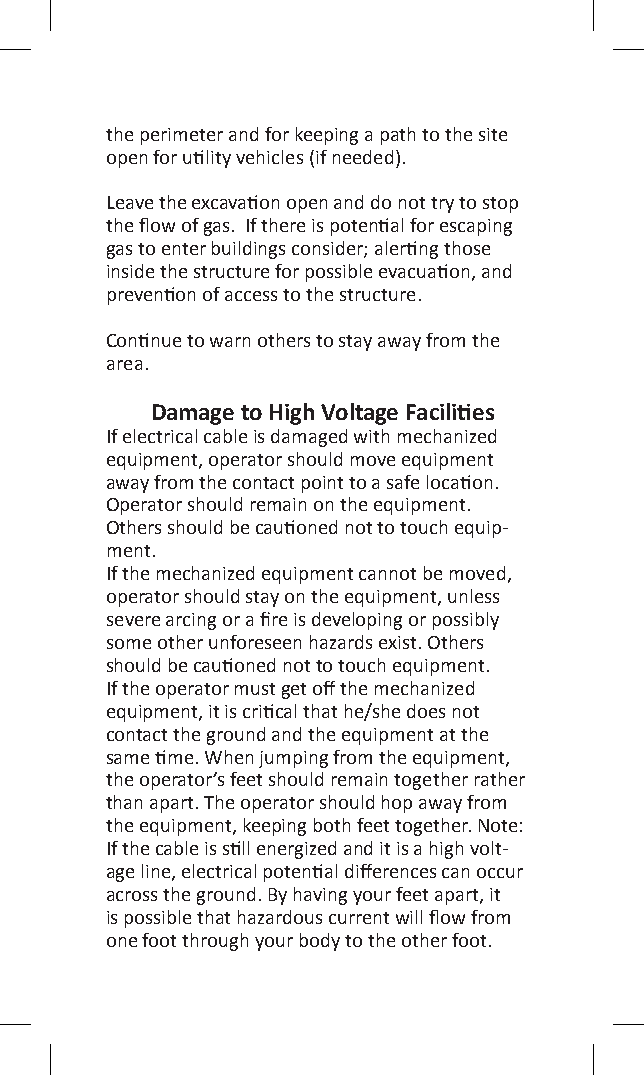
the perimeter and for keeping a path to the site
 open for utility vehicles (if needed).
 Leave the excavation open and do not try to stop
 the flow of gas. If there is potential for escaping
 gas to enter buildings consider; alerting those
 inside the structure for possible evacuation, and
 prevention of access to the structure.
 Continue to warn others to stay away from the
 area.
 Damage to High Voltage Facilities
 If electrical cable is damaged with mechanized
 equipment, operator should move equipment
 away from the contact point to a safe location.
 Operator should remain on the equipment.
 Others should be cautioned not to touch equip-
 ment.
 If the mechanized equipment cannot be moved,
 operator should stay on the equipment, unless
 severe arcing or a fire is developing or possibly
 some other unforeseen hazards exist. Others
 should be cautioned not to touch equipment.
 If the operator must get off the mechanized
 equipment, it is critical that he/she does not
 contact the ground and the equipment at the
 same time. When jumping from the equipment,
 the operator’s feet should remain together rather
 than apart. The operator should hop away from
 the equipment, keeping both feet together. Note:
 If the cable is still energized and it is a high volt-
 age line, electrical potential differences can occur
 across the ground. By having your feet apart, it
 is possible that hazardous current will flow from
 one foot through your body to the other foot.